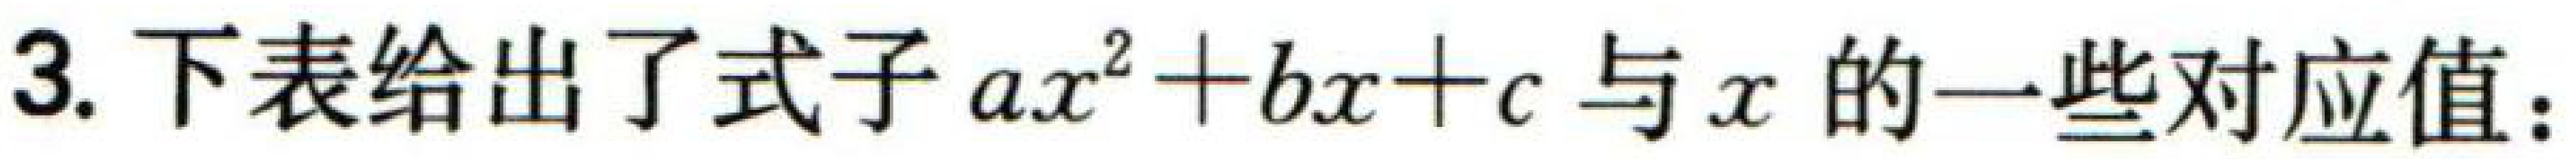
3. 下表给出了式子 \(ax^{2}+bx + c\) 与 \(x\) 的一些对应值：